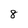
Character: 8